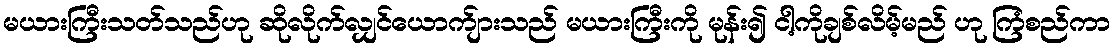
မယားကြီးသတ်သည်ဟု ဆိုလိုက်လျှင်ယောက်ျားသည် မယားကြီးကို မုန်း၍ ငါ့ကိုချစ်လိမ့်မည် ဟု ကြံစည်ကာ